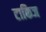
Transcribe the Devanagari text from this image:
टाकिज